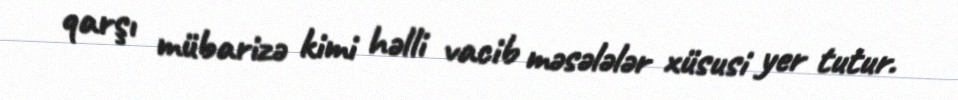
qarşı mübarizə kimi həlli vacib məsələlər xüsusi yer tutur.